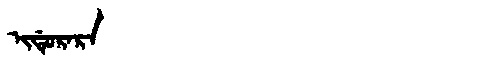
Manchu: ᡳᡩᡠᡵᠠᡵᠠ
Romanization: IDURARA